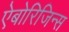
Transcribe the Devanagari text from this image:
ऐबोरिजिन्स